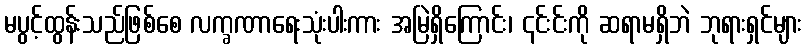
မပွင့်ထွန်းသည်ဖြစ်စေ လက္ခဏာရေးသုံးပါးကား အမြဲရှိကြောင်း၊ ၎င်းင်းကို ဆရာမရှိဘဲ ဘုရားရှင်များ